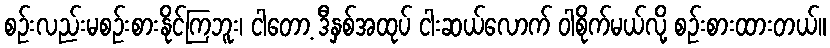
စဉ်းလည်းမစဉ်းစားနိုင်ကြဘူး၊ ငါတော့ ဒီနှစ်အထုပ် ငါးဆယ်လောက် ဝါစိုက်မယ်လို့ စဉ်းစားထားတယ်။